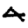
Digit: 4